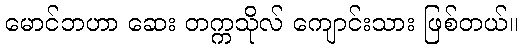
မောင်ဘဟာ ဆေး တက္ကသိုလ် ကျောင်းသား ဖြစ်တယ်။